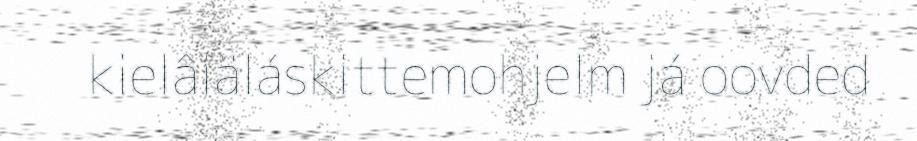
kielâiäláskittemohjelm já oovded